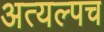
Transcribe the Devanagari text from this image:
अत्यल्पच